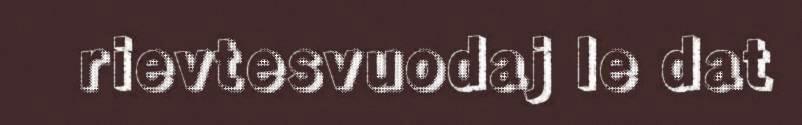
rievtesvuodaj le dat